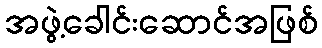
အဖွဲ့ခေါင်းဆောင်အဖြစ်